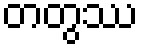
တတွဿ